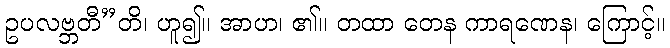
ဥပလဗ္ဘတီ”တိ၊ ဟူ၍။ အာဟ၊ ၏။ တထာ တေန ကာရဏေန၊ ကြောင့်။